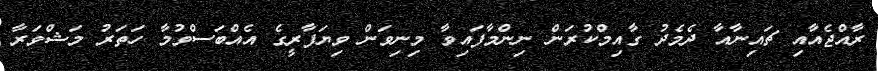
ރާއްޖެއާއި ޗައިނާއާ ދެމެދު ގާއިމްކުރަން ނިންމާފައިވާ މިނިވަން ވިޔަފާރީގެ އެއްބަސްވުމާ ހަތަރު މަޝްވަރާ